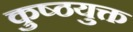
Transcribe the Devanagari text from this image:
कुष्ठयुक्त